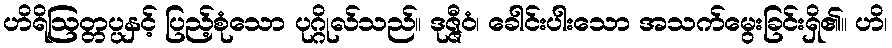
ဟိရိဩတ္တပ္ပနှင့် ပြည့်စုံသော ပုဂ္ဂိုလ်သည်။ ဒုဇ္ဇီဝံ၊ ခေါင်းပါးသော အသက်မွေးခြင်းရှိ၏။ ဟိ၊